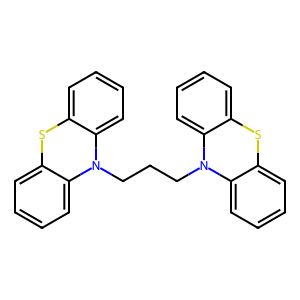
SMILES: c1ccc2c(c1)Sc1ccccc1N2CCCN1c2ccccc2Sc2ccccc21
Inhibits HIV replication: No